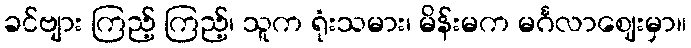
ခင်ဗျား ကြည့် ကြည့်၊ သူက ရုံးသမား၊ မိန်းမက မင်္ဂလာဈေးမှာ။